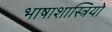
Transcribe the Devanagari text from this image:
भाषाशास्त्रियो